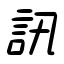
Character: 訊